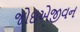
જોઇએજીવન